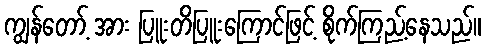
ကျွန်တော့် အား ပြူးတိပြူးကြောင်ဖြင့် စိုက်ကြည့်နေသည်။